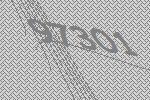
97301